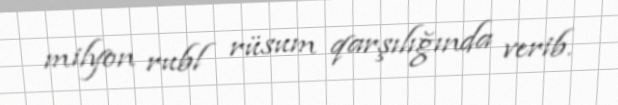
milyon rubl rüsum qarşılığında verib.